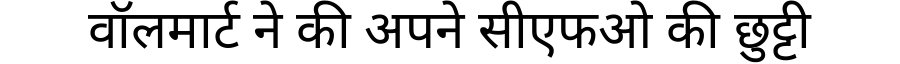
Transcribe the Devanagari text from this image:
वॉलमार्ट ने की अपने सीएफओ की छुट्टी